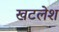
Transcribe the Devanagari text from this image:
खटलेश